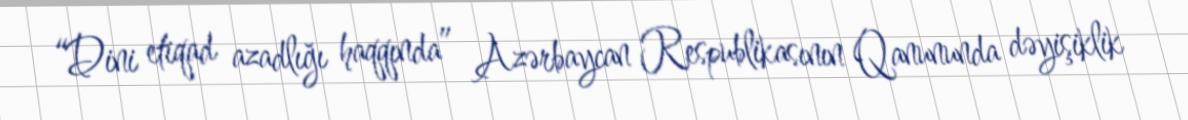
“Dini etiqad azadlığı haqqında” Azərbaycan Respublikasının Qanununda dəyişiklik